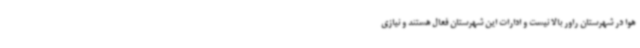
هوا در شهرستان راور بالا نیست و ادارات این شهرستان فعال هستند و نیازی